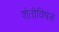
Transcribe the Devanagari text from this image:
शेतीविषक